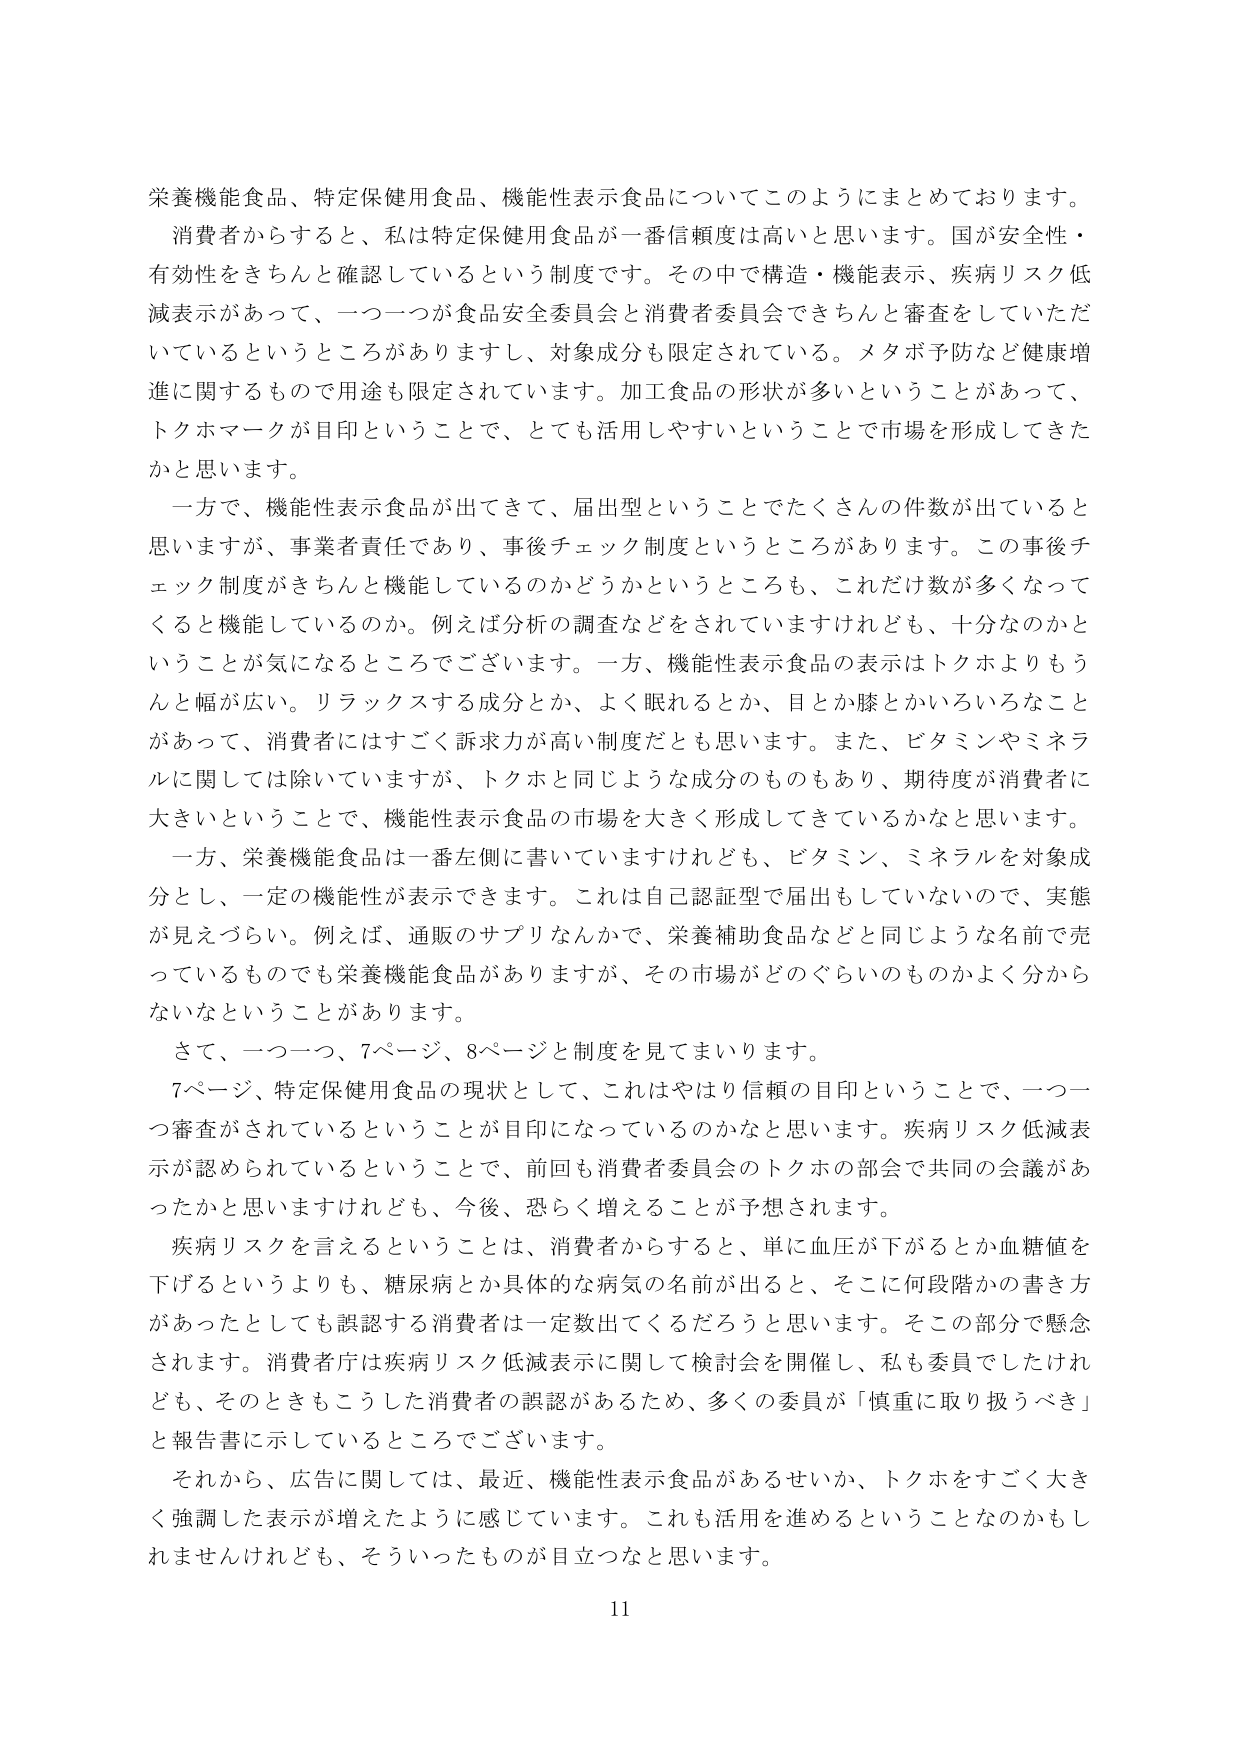
栄養機能食品、特定保健用食品、機能性表示食品についてこのようにまとめております。

消費者からすると、私は特定保健用食品が一番信頼度は高いと思います。国が安全性・有効性をきちんと確認しているという制度です。その中で構造・機能表示、疾病リスク低減表示があって、一つ一つが食品安全委員会と消費者委員会できちんと審査をしていただいているというところがありますし、対象成分も限定されている。メタボ予防など健康増進に関するもので用途も限定されています。加工食品の形状が多いということがあって、トクホマークが目印ということで、とても活用しやすいということで市場を形成してきたかと思います。

一方で、機能性表示食品が出てきて、届出型ということでたくさんの件数が出ていると思いますが、事業者責任であり、事後チェック制度というところがあります。この事後チェック制度がきちんと機能しているのかどうかというところも、これだけ数が多くなってくると機能しているのか。例えば分析の調査などをされていますけれども、十分なのかということが気になるところでございます。一方、機能性表示食品の表示はトクホよりもっと幅が広い。リラックスする成分とか、よく眠れるとか、目とか膝とかいろいろなことがあって、消費者にはすごく訴求力が高い制度だと思います。また、ビタミンやミネラルに関しては除いていますが、トクホと同じような成分のものもあり、期待が消費者に大きいということで、機能性表示食品の市場を大きく形成してきているかなと思います。

一方、栄養機能食品は一番左側に書いていますけれども、ビタミン、ミネラルを対象成分とし、一定の機能性が表示できます。これは自己認証型で届出もしていないので、実態が見えづらい。例えば、通販のサプリなんかで、栄養補助食品などと同じような名前で売っているものでも栄養機能食品がありますが、その市場がどのぐらいのものかよく分からないなということがあります。

さて、一つ一つ、7ページ、8ページと制度を見てまいります。

7ページ、特定保健用食品の現状として、これはやはり信頼の目印ということで、一つ一つ審査がされているということが目印になっているのかなと思います。疾病リスク低減表示が認められているということで、前回も消費者委員会のトクホの部会で共同の会議があったかと思いますけれども、今後、恐らく増えることが予想されます。

疾病リスクを言えるということは、消費者からすると、単に血圧が下がるとか血糖値を下げるというよりも、糖尿病とか具体的な病気の名前が出ると、そこに何段階かの書き方があったとしても誤認する消費者は一定数出てくるだろうと思います。そこの部分で懸念されます。消費者庁は疾病リスク低減表示に関して検討会を開催し、私も委員でしたけれども、そのときもこうした消費者の誤認があるため、多くの委員が「慎重に取り扱うべき」と報告書に示しているところでございます。

それから、広告に関しては、最近、機能性表示食品があるせいか、トクホをすごく大きく強調した表示が増えたように感じています。これも活用を進めるということなのかもしれませんが、そういったものが目立つなと思います。

11